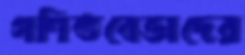
গণিতবেত্তাদের